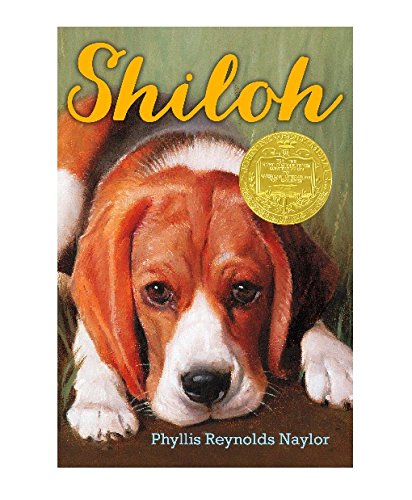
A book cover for Shiloh (The Shiloh Quartet); Phyllis Reynolds Naylor; Children's Books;